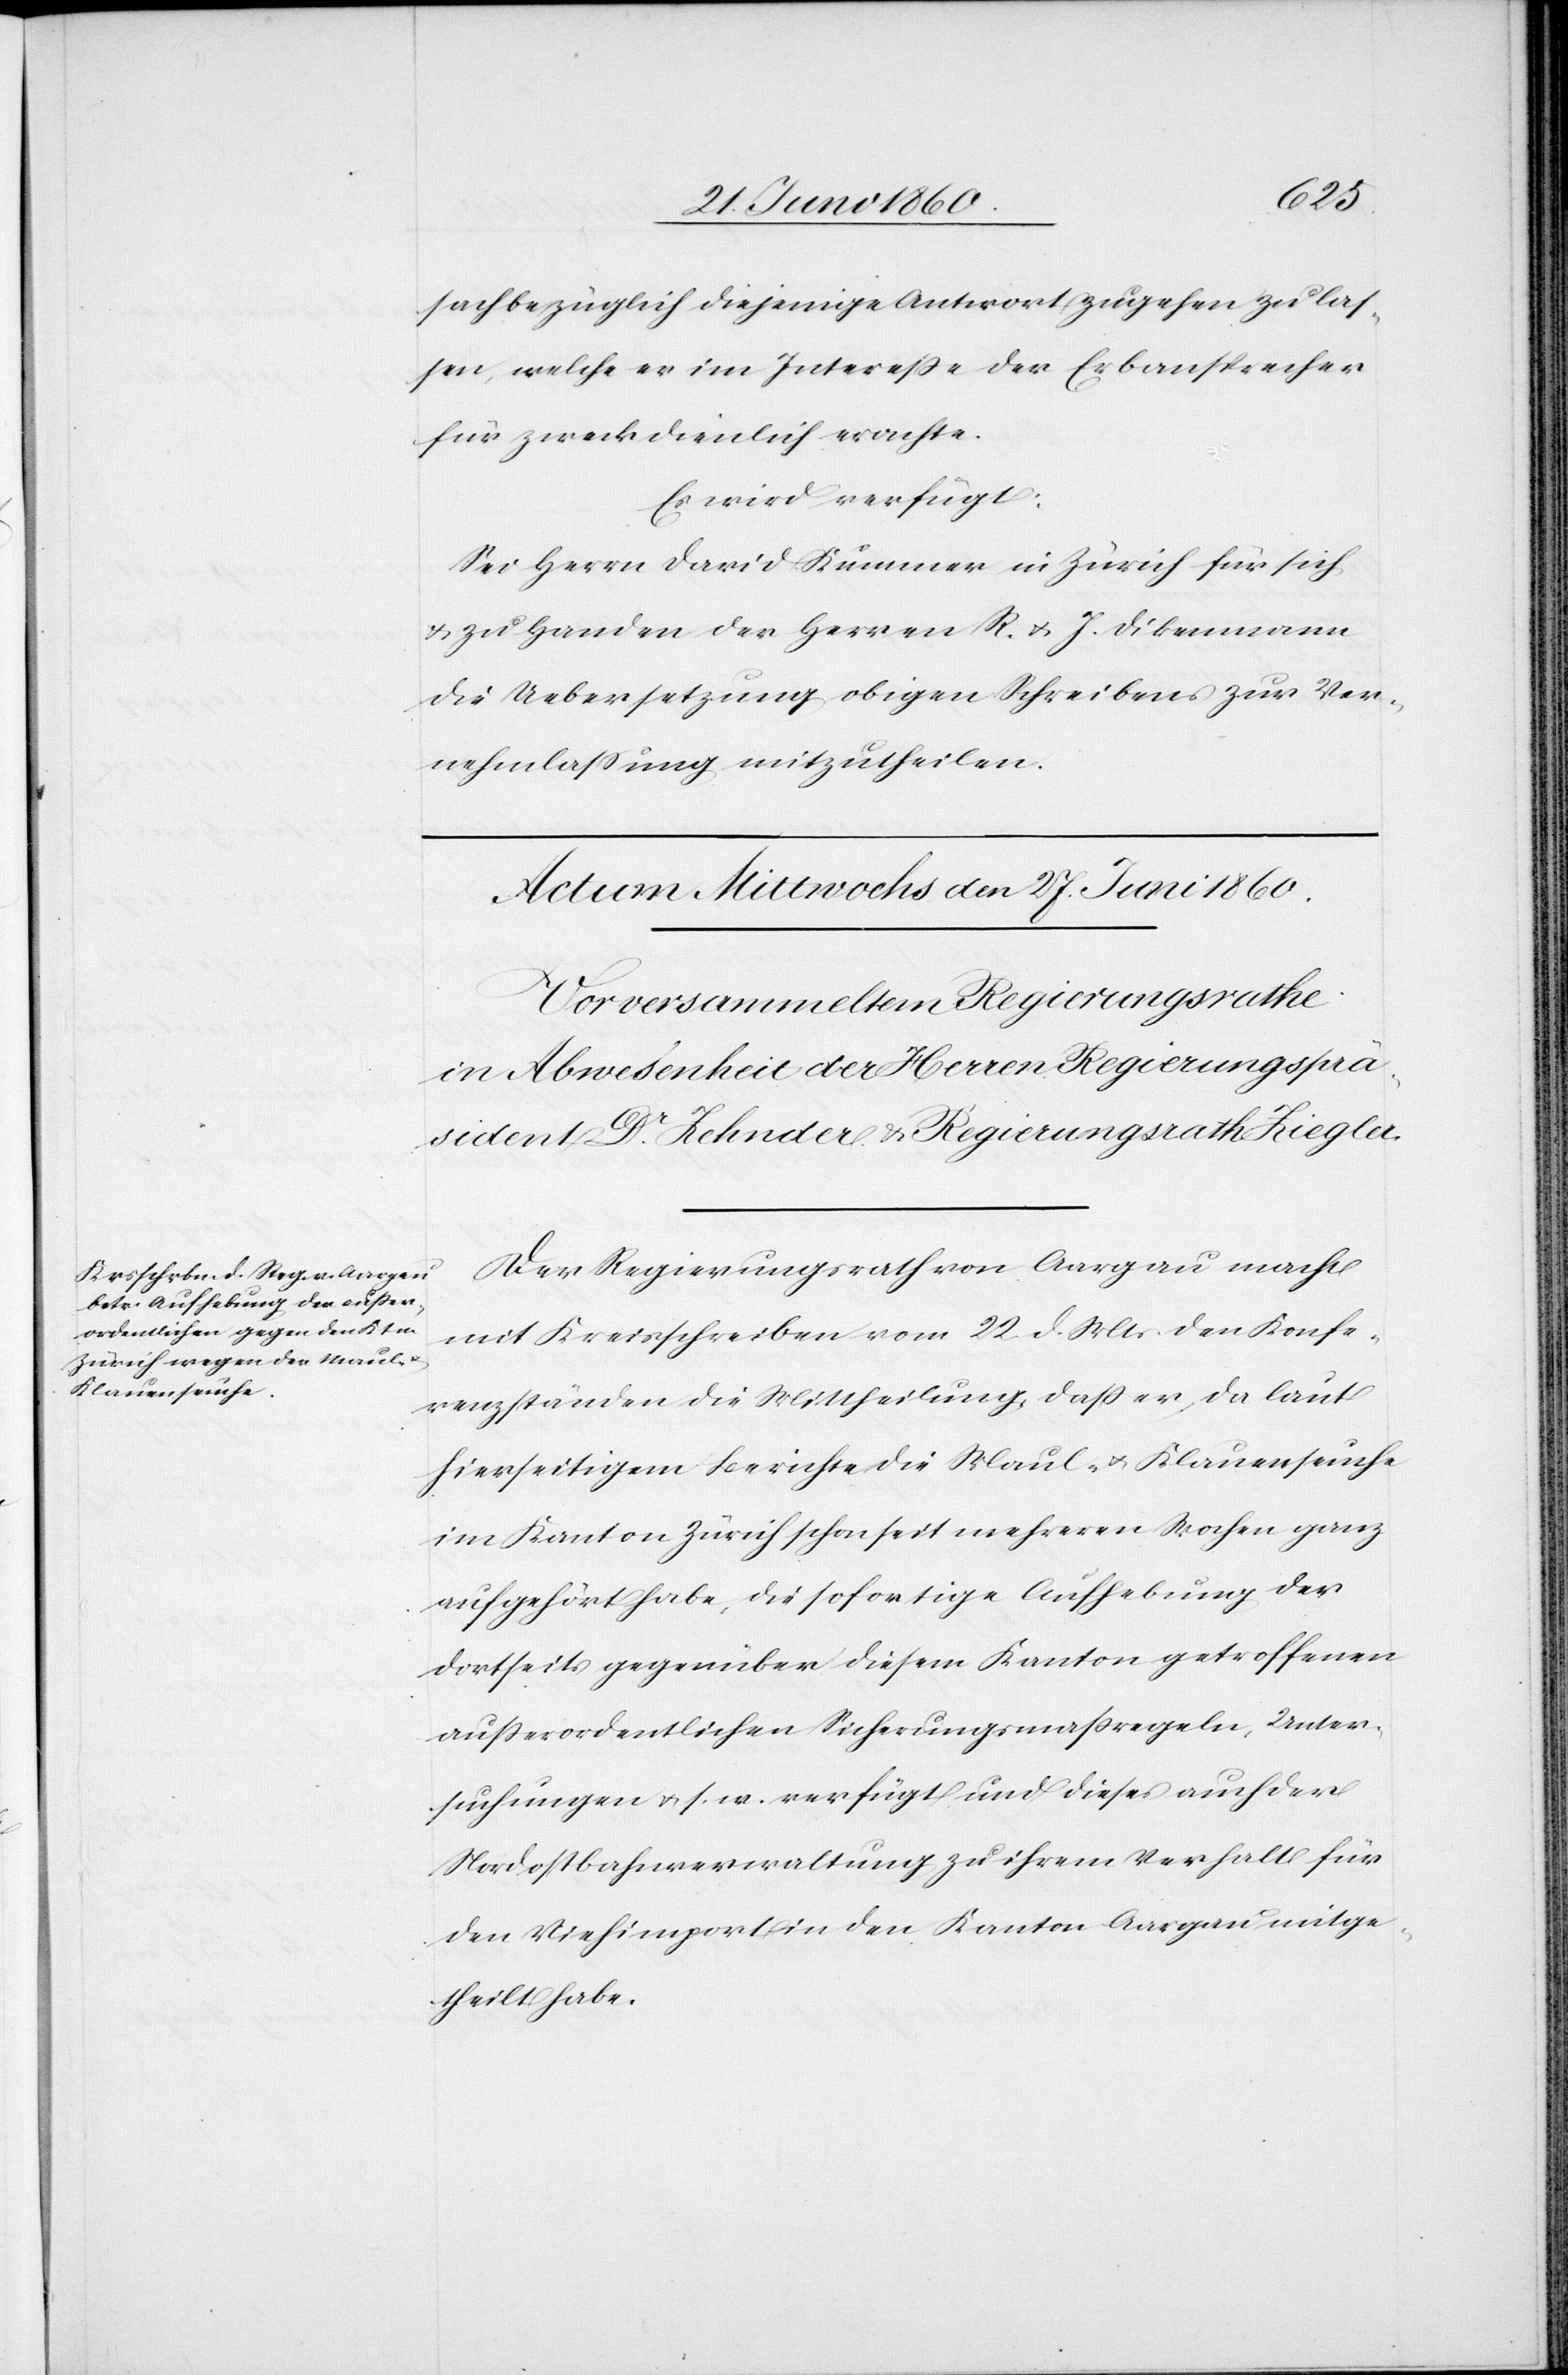
sachbezüglich diejenige Antwort zugehen zu las¬
sen, welche er im Interesse der Erbansprecher
für zweckdienlich erachte.
Es wird verfügt:
Sei Herrn David Kummer in Zürich für sich
u. zu Handen der Herren R. u. J. Dikenmann
die Uebersetzung obigen Schreibens zur Ver¬
nehmlassung mitzutheilen.
Der Regierungsrath von Aargau macht
mit Kreisschreiben vom 22. d. Mts. den Konfe¬
renzständen die Mittheilung, daß er, da laut
hierseitigem Berichte die Maul- u. Klauenseuche
im Kanton Zürich schon seit mehreren Wochen ganz
aufgehört habe, die sofortige Aufhebung der
dortseits gegenüber diesem Kanton getroffenen
außerordentlichen Sicherungsmassregeln, Unter¬
suchungen u. s. w. verfügt und dieses auch der
Nordostbahnverwaltung zu ihrem Verhalt für
den Viehimport in den Kanton Aargau mitge¬
theilt habe.